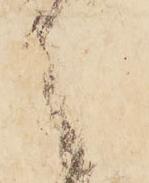
々